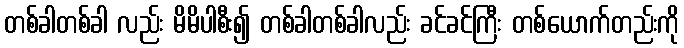
တစ်ခါတစ်ခါ လည်း မိမိပါစီး၍ တစ်ခါတစ်ခါလည်း ခင်ခင်ကြီး တစ်ယောက်တည်းကို